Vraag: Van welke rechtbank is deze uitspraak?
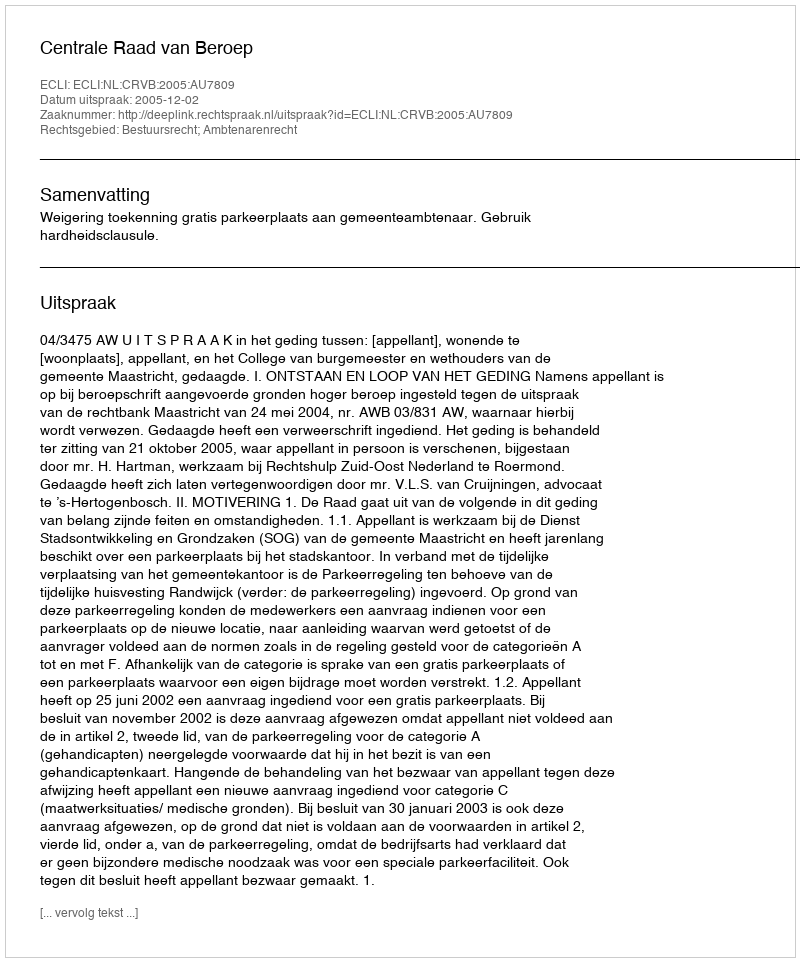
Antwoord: Centrale Raad van Beroep